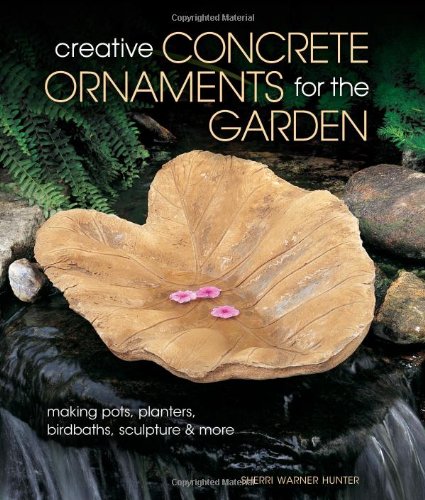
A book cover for Creative Concrete Ornaments for the Garden: Making Pots, Planters, Birdbaths, Sculpture & More; Sherri Warner Hunter; Crafts, Hobbies & Home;